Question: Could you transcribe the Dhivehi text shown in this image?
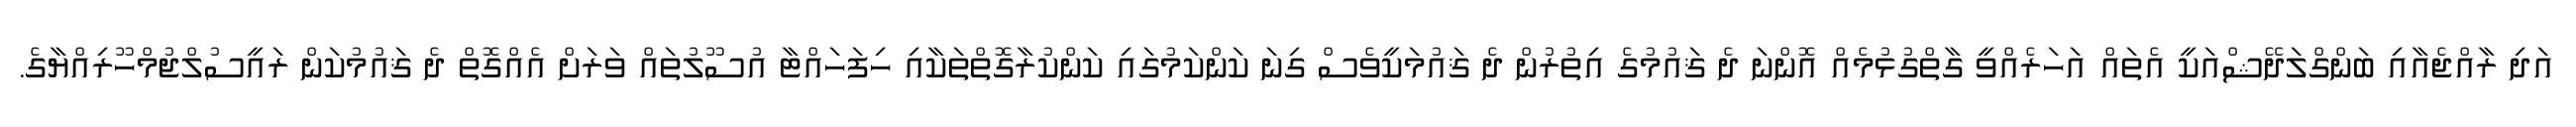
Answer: އަދި ރާއްޖެއާއި ބަންގްލަދޭޝްއަކީ އެތައް އަހަރެއްވީ ގާތްގުޅުމެއް އޮންނަ ދެ ޤައުމުގެ އިތުރުން ދެ ޤައުމަކީވެސް ގިނަ ކަންކަމުގައި ކަންކުރާގޮތްތަކާއި ހިފަހައްޓާ އުސޫލުތައް ވަރަށް އެއްގޮތް ދެ ޤައުމުކަން ރައީސުލްޖުމްހޫރިއްޔާގެ.